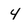
Character: 4